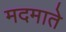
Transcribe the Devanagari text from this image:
मदमाते